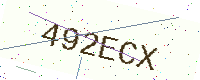
Text: 492ECX